Report of the Municipal Commissioner on the plague in Bombay for the year ending 31st May... - Volume 1
Disease focus: Plague
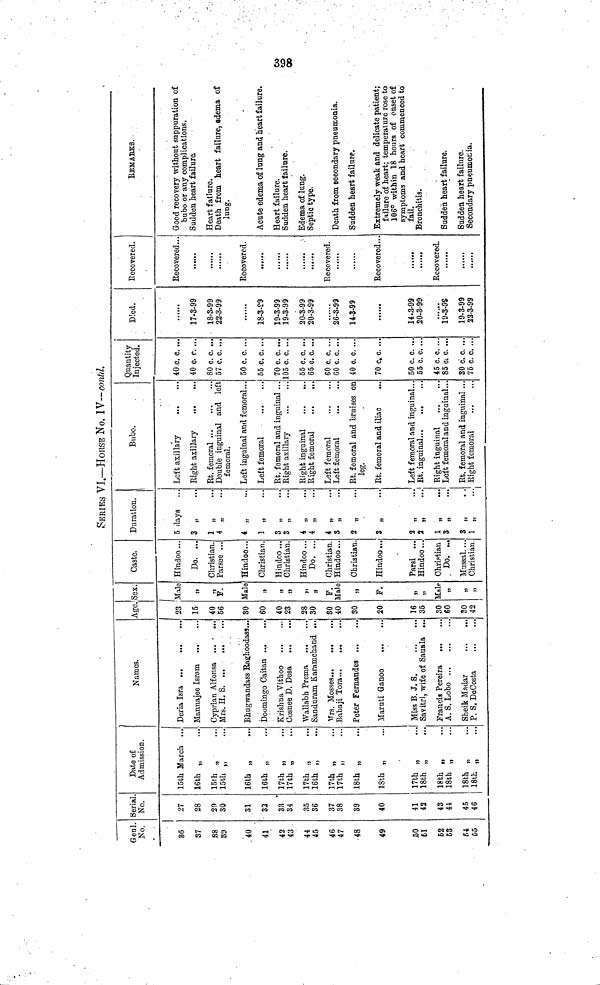
398
SERIES VI.—HOUSE No. IV—contd.
Geni.
No,
86
37
m
89
40
41
42
43
44
45
46
47
48
¿9
30
61
52
63
54
65
Serial
No.
27
28
29
30
81
32
33
34
35
36
37
38
39
40
41
42
43
41
45
46
Date of
Admission.
15th March ...
16th „
15th „
15th „
16th „
16th „
17th „
17th „
17th .,
16th „
17th „
nth ; ;
18th „
AV **
J>
***
18th „
17th „
18th „
18th „
18th „
18th „
18th „
Names.
Deria Isra
Mannajee Isram
Cyprian Alfonsa ...
Mrs. H. S
Bhugwandass Raghoodass...
Doomingo Caitan ....
Krishna Vithoo
Oosnee D. Desa
Wallabh Prema
Sanduram Karamchand ...
VTrs. Mosses
Babaji Tora
Peter Fernandea ...
...
llaruti Ganoo
Miss B. J. S
Savitri, wife of Sauala ...
Francis Pereira
A. S. Lobo
Sheik Madar
P. S. DeCosta
Age.
23
15
40
56
80
60
40
23
28
30
SO
40
30
20
16
35
30
60
30
42
Sex.
Male
j>
f>
F.
Male
»
n
!>
»
))
F.
Male
JJ
F.
»
D
Male
»ι
»
»
Caste.
Hindoo ...
Do. ...
Christian.
Parsee ...
Hindoo...
Christian.
Hindoo ...
Christian.
Hindoo ...
Do. ...
Christian.
Hindoo...
Christian.
Hindoo ...
Parsi ...
Hindoo...
Christian
, Do. ...
Mussal —
Christian.
Duration.
5 days
3 „
1 „
* „
...
* „
1 „
3 „
3 „
4 „
4 „
4
S „
2 „ ι/
3 „
2 „
2 „
...
1 „
3 „
...
3 „
Bubo.
Left axillary
Bight axillary
Rt. femoral
Double inguinal and left
femoral.
Left inguinal and femoral...
Left femoral
Rt. femoral and inguinal ...
Right axillary
Right inguinal
Right femoral
...
...
Left femoral
Left femoral
Rt. femoral and bruises on
leg.
Rt. femoral and iliac
Left femoral and inguinal...
Rt. inguinal
Right inguinal
Left femoral and inguinal...
Rt. femoral and inguinal ...
Right femoral
Quantity
Injected.
40.0, c. ...
40 c. r. ...
80 c. c. ...
57 c. c. ...
50 c. c. ...
55 .c. C. ...
70 e. c. ...
105 c. c. ...
55 c. c. ...
65 c. C. ...
60 c. c, ...
60 c. c. ...
40 c. c. ...
70 c. c. ...
50 c. c. ...
55 c. c. ...
45 c. e. ...
85 ci c. ...
SO c. c. ...
75 c. c. ...
Died.
17-3-99
18-3-99
22-3-99
18-3-09
19-3-99
19-3-99
20-3-99
20-3-99
26-3-99
14-3-99
«»·«·«
14-3-99
20-3-99
19-3-0S
19-3-99
22-3-99
Recovered.
Recovered...
......
Recovered.
......
Recovered.
Recovered...
......
Recovered.
REMARKS.
Good recovery without suppuration of
bubo or any complications.
Sudden heart failure.
Heart failure.
Death from heart failure, edema of
lung.
Acute edema of lung and heart failure.
Heart failure.
Sudden heart iailure.
Edema of lung.
Septic type.
Death from secondary pneumonia.
Sudden heart failure.
Extremely weak and delicate patient;
failure of heart; temperature rose to
106° within 18 hours of onset of
symptoms and heart commenced to
fail.
Bronchitis.
Sudden heart failure.
Sudden heart failure.
Secondary pneumonia.